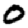
Digit: 0